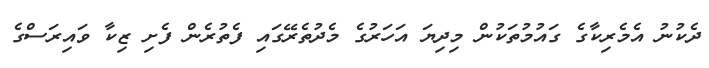
ދެކުނު އެމެރިކާގެ ގައުމުތަކުން މިދިޔަ އަހަރުގެ މެދުތެރޭގައި ފެތުރެން ފެށި ޒިކާ ވައިރަސްގެ